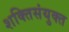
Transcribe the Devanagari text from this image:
शक्तिसंयुक्त